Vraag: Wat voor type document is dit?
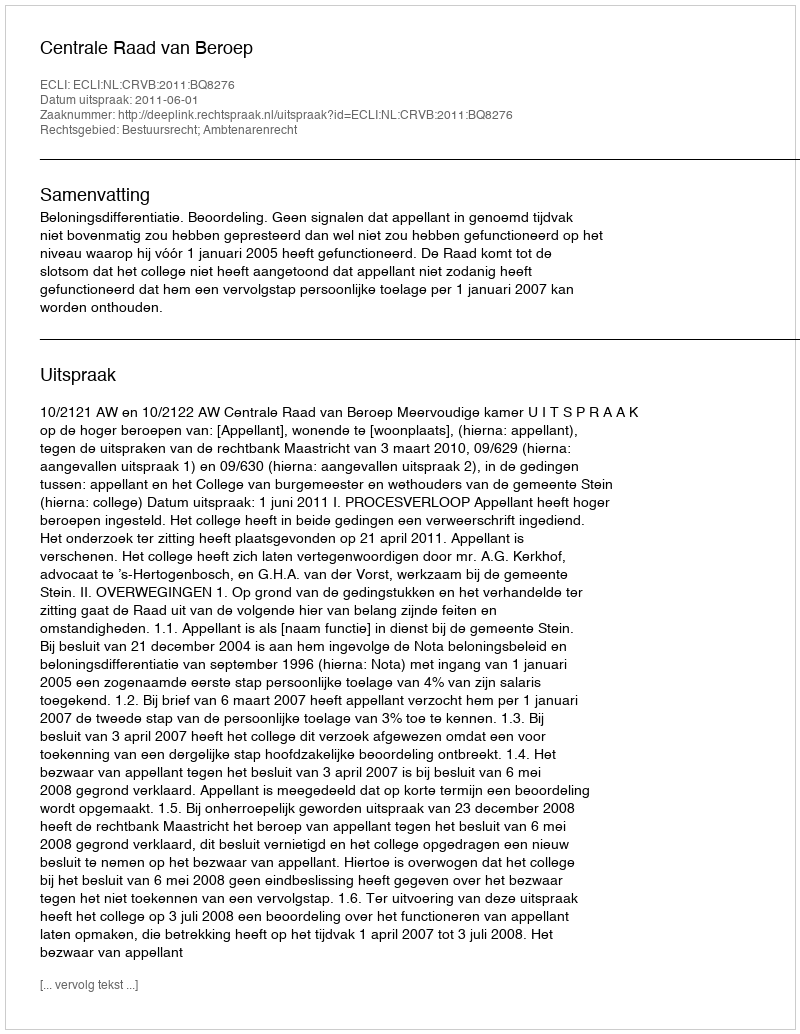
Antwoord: Uitspraak